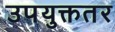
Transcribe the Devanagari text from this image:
उपयुक्ततर